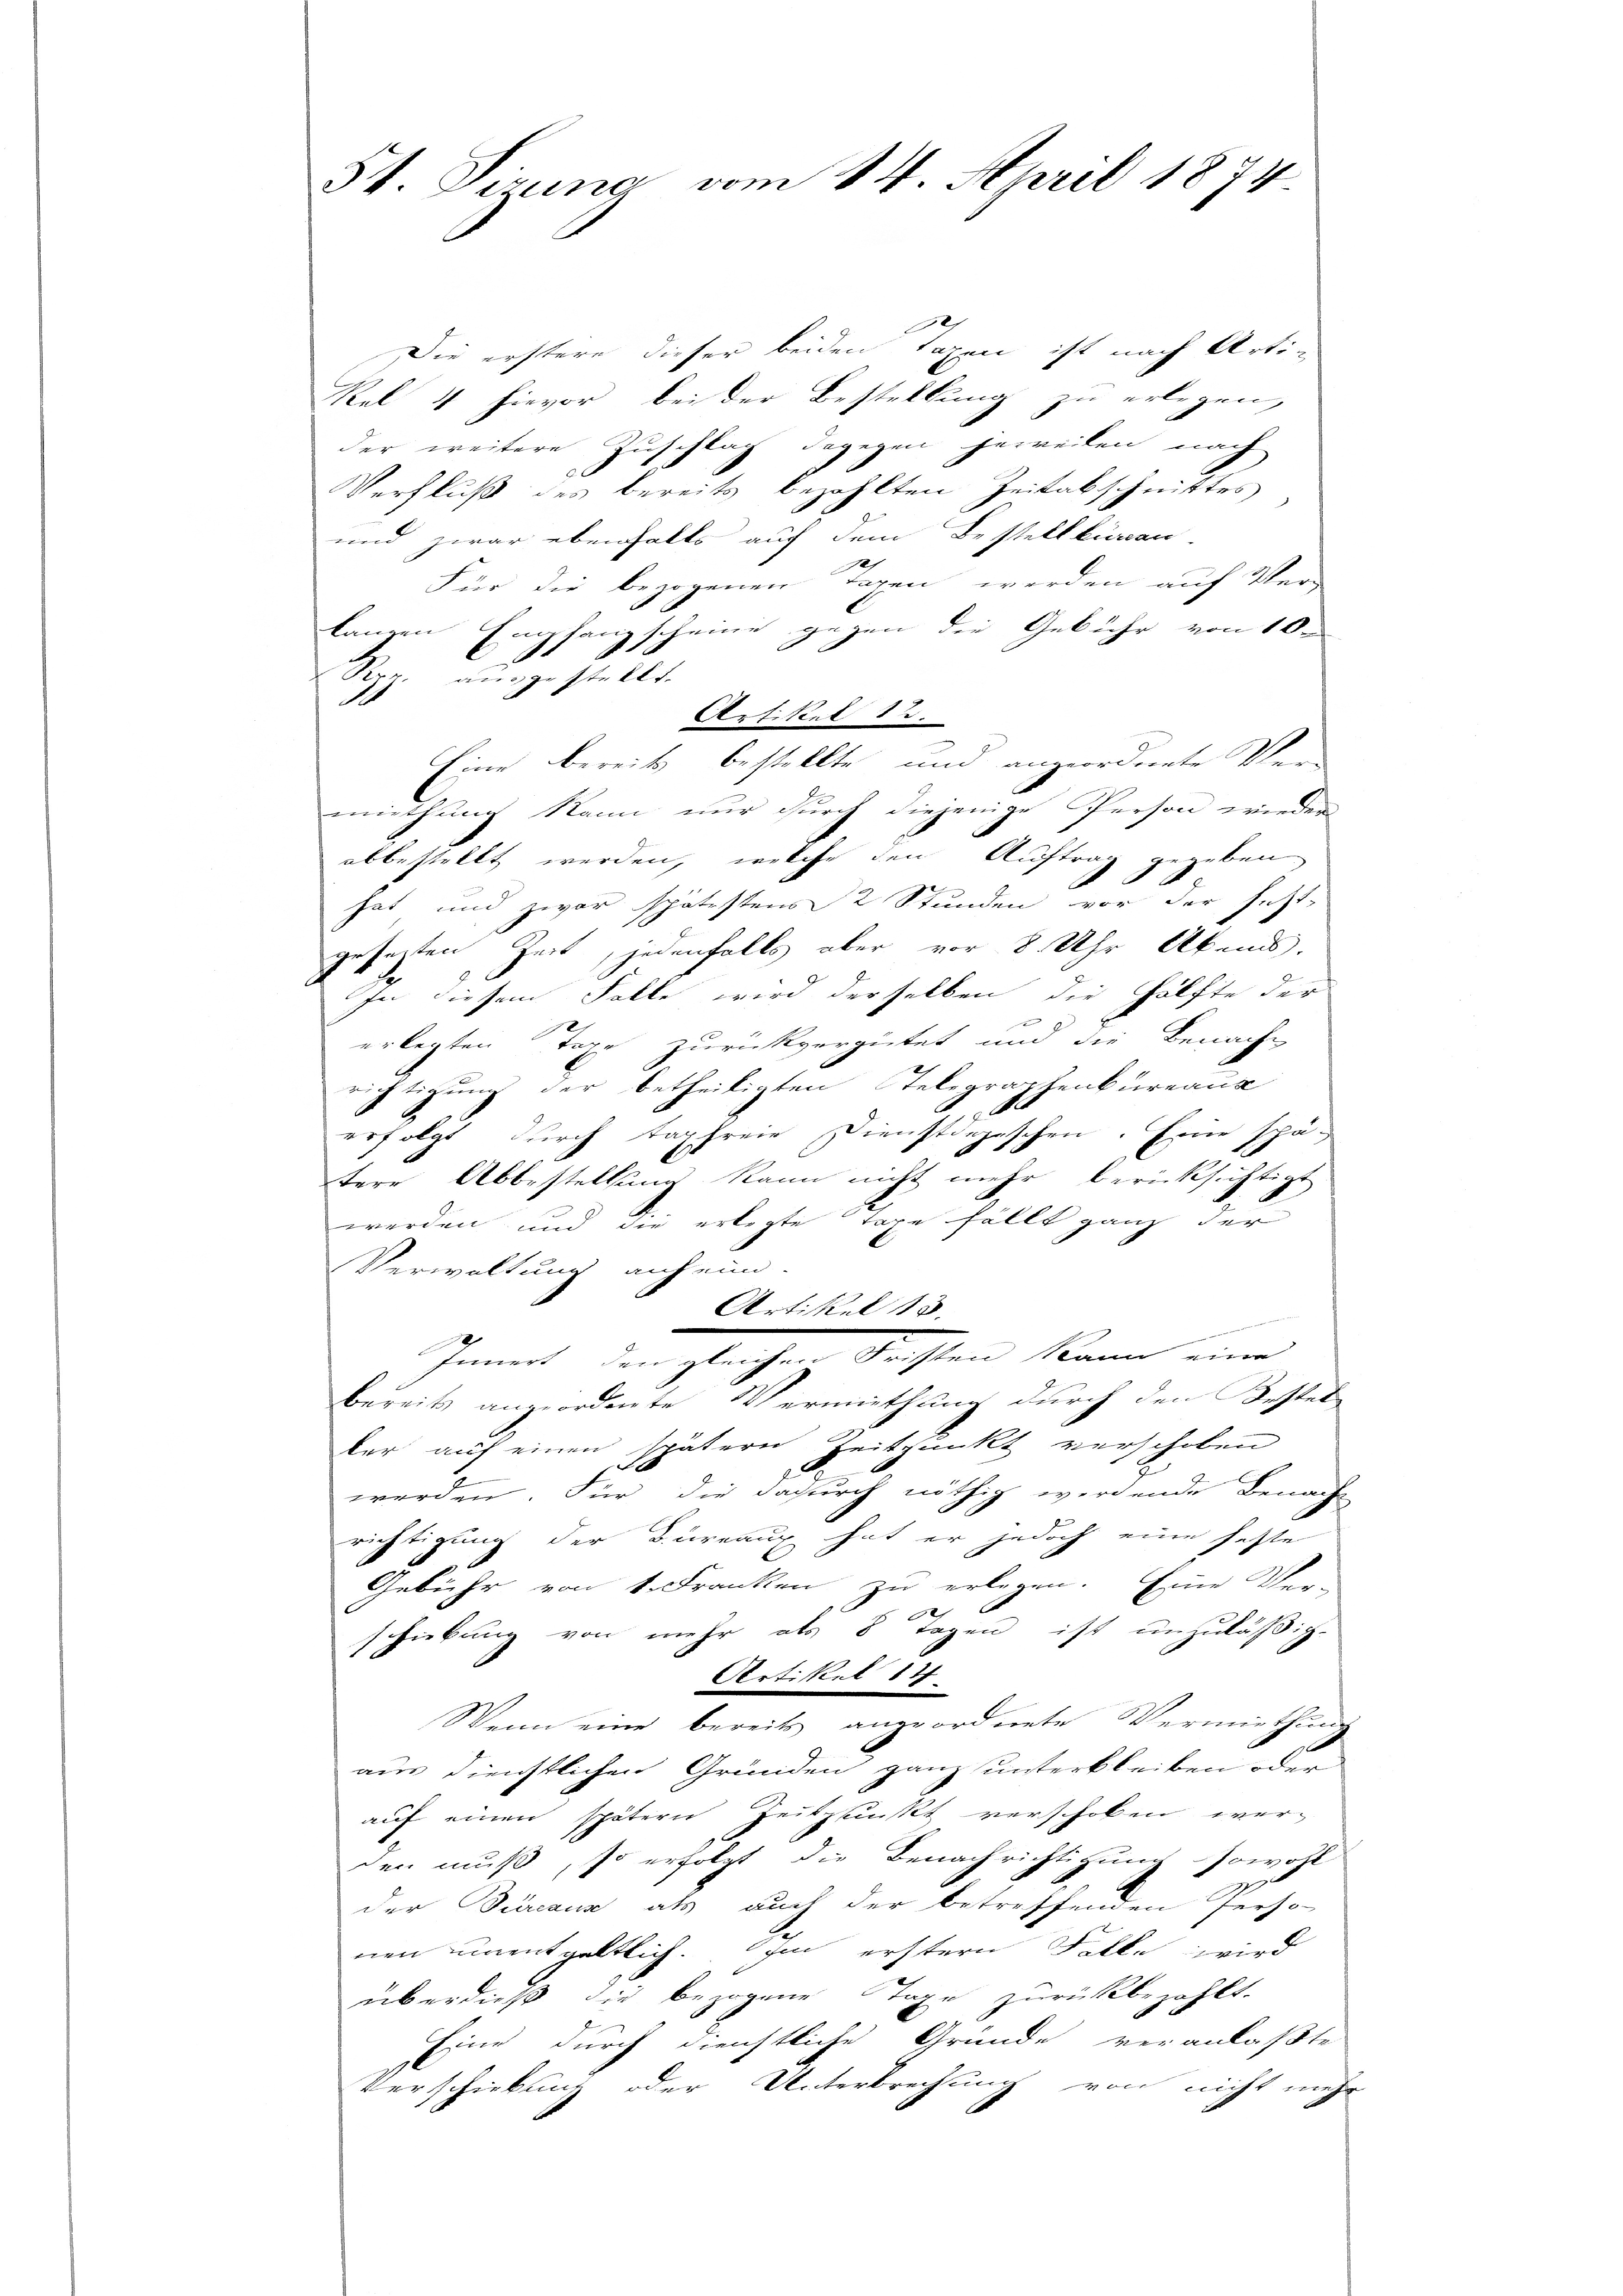
St. Pirung vom 14. April 1874.

2
Die erstere dieser beiden Tagen ist nach Arti
Kel 4 hievor bei der Bestellung zu erlegen,
der weitere Zuschlag dagegen jeweilen nach
Verfluß des bereits bezahlten Zeitabschnittes,
und zwar ebenfalls auf dem Bestellkuran-
2
Für die bezogenen Tagen werden auf Ver-
langen Empfangscheine gegen die Gebühr von 10.
Syz. ausgestellt.
Artikel 12.
Eine bereits bestellte und angeordnete Ver-
miethung kann nur durch diejenige Person wieder
abbestellt werden, welche den Auftrag gegeben,
1.
1
hat und zwar spätestens 2 Stunden vor der setzt-
gesezten Zeit, jedenfalls aber vor 8 Uhr Abends.
In diesem Falle wird derselben die Hälfte der
erlegten Tage zurückvergütet und die Benache
richtigung der betheiligten Telegraphenbureaus
A
erfolgt, durch tapfreie Dienstdepeschen. Eine spä-
tere Abbestellung kann nicht mehr berücksichtigt
werden und die erlegte Taxe fällt ganz der
Verwaltung auf ein-
Artikel 13.
Innert den gleichen Fristen kann eine
bereits angeordnete Vermiethung durch den Bestel-
ker auf einen spätern Zeitpunkt verschoben
werden. Für die dadurch nöthig werdende Benach-
richtigung der Büreaux hat er jedoch eine hefte
Gebühr von 1. Franken zu erlegen. Eine Ver-
schiebung von mehr als 8 Tagen ist unzuläßige
Artikel 14
Wenn eine bereits angeordnete Vermiethung
aus dienstlichen Gründen ganz unterbleiben oder
auf einen spätern Zeitpunkt verschoben wer-
den muß, so erfolgt die Benachrichtigung sowohl
der Büreaus als auch der betreffenden Perso-
nen unentgeltlich. Im erstern Falle wird
überdieß die bezogene Taxe zurückbezahlt.
Eine durch dienstliche Gründe veranlaßte
Verschiebung oder Unterbrechung von nicht mehr